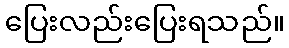
ပြေးလည်းပြေးရသည်။